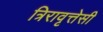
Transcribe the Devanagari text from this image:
त्रिरावृत्तेसी